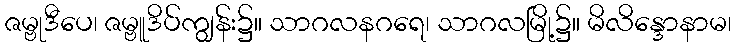
ဇမ္ဗုဒီပေ၊ ဇမ္ဗူဒိပ်ကျွန်း၌။ သာဂလနဂရေ၊ သာဂလမြို့၌။ မိလိန္ဒောနာမ၊